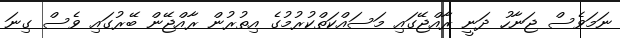
ނަމަވެސް ޖަނާހު ދަނީ ރާއްޖޭގައި މަސައްކަތްކުރުމުގެ އިތުރުން ރާއްޖޭން ބޭރުގައި ވެސް ގިނަ